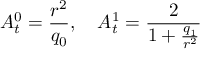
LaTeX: A _ { t } ^ { 0 } = \frac { r ^ { 2 } } { q _ { 0 } } , \quad A _ { t } ^ { 1 } = \frac { 2 } { 1 + \frac { q _ { 1 } } { r ^ { 2 } } }